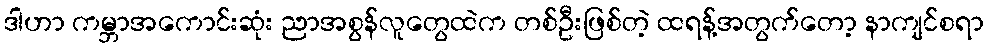
ဒါဟာ ကမ္ဘာအကောင်းဆုံး ညာအစွန်လူတွေထဲက တစ်ဦးဖြစ်တဲ့ ထရန့်အတွက်တော့ နာကျင်စရာ